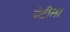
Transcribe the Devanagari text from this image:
पेटीला